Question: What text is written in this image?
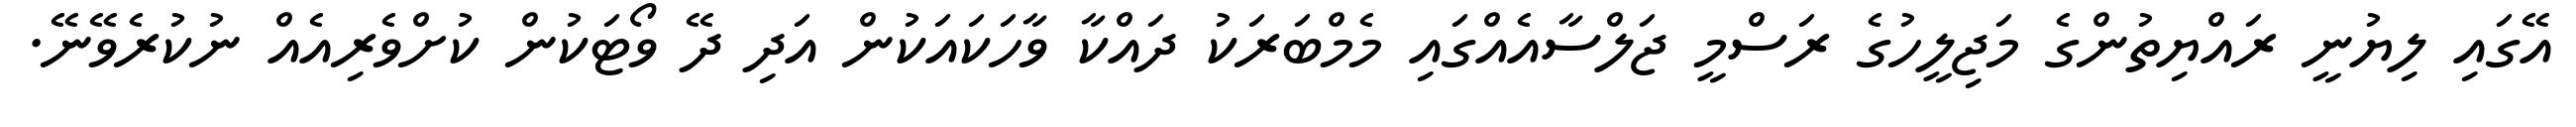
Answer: އޭގައި ލިޔުނީ ރައްޔިތުންގެ މަޖިލީހުގެ ރަސްމީ ޖަލްސާއެއްގައި މެމްބަރަކު ދައްކާ ވާހަކައަކުން އަދި ދޭ ވޯޓަކުން ކުށްވެރިއެއް ނުކުރެވޭނޭ.